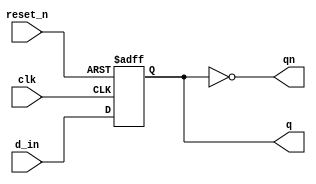
`timescale 1ns / 1ps
//////////////////////////////////////////////////////////////////////////////////
// Company: 
// Engineer: 
// 
// Design Name: 
// Module Name: ripple_counter
// Project Name: 
// Target Devices: 
// Tool Versions: 
// Description: 
// 
// Dependencies: 
// 
// Revision:
// Revision 0.01 - File Created
// Additional Comments:
// 
//////////////////////////////////////////////////////////////////////////////////
module d_ff (input d_in,
             input clk,
             input reset_n,
             output reg q,
             output qn);  
always @ (posedge clk or negedge reset_n)  
      if (!reset_n)  
         q <= 0;  
      else  
         q <= d_in;  
   assign qn = ~q;  
endmodule  

//taking d-ff instance  
module ripple_counter ( input clk,
                        input reset_n,
                        output [3:0] count);  
wire  q0;  
wire  qn0;  
wire  q1;  
wire  qn1;  
wire  q2;  
wire  qn2;  
wire  q3;  
wire  qn3;  
  
d_ff   dff0 ( .d_in (qn0),.clk (clk),.reset_n (reset_n),.q (q0),.qn (qn0));  
d_ff   dff1 ( .d_in (qn1),.clk (q0),.reset_n (reset_n),.q (q1),.qn (qn1));  
d_ff   dff2 ( .d_in (qn2),.clk (q1),.reset_n (reset_n),.q (q2),.qn (qn2));  
d_ff   dff3 ( .d_in (qn3),.clk (q2),.reset_n (reset_n),.q (q3),.qn (qn3));  
assign count = {qn3, qn2, qn1, qn0};  
endmodule